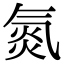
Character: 氮